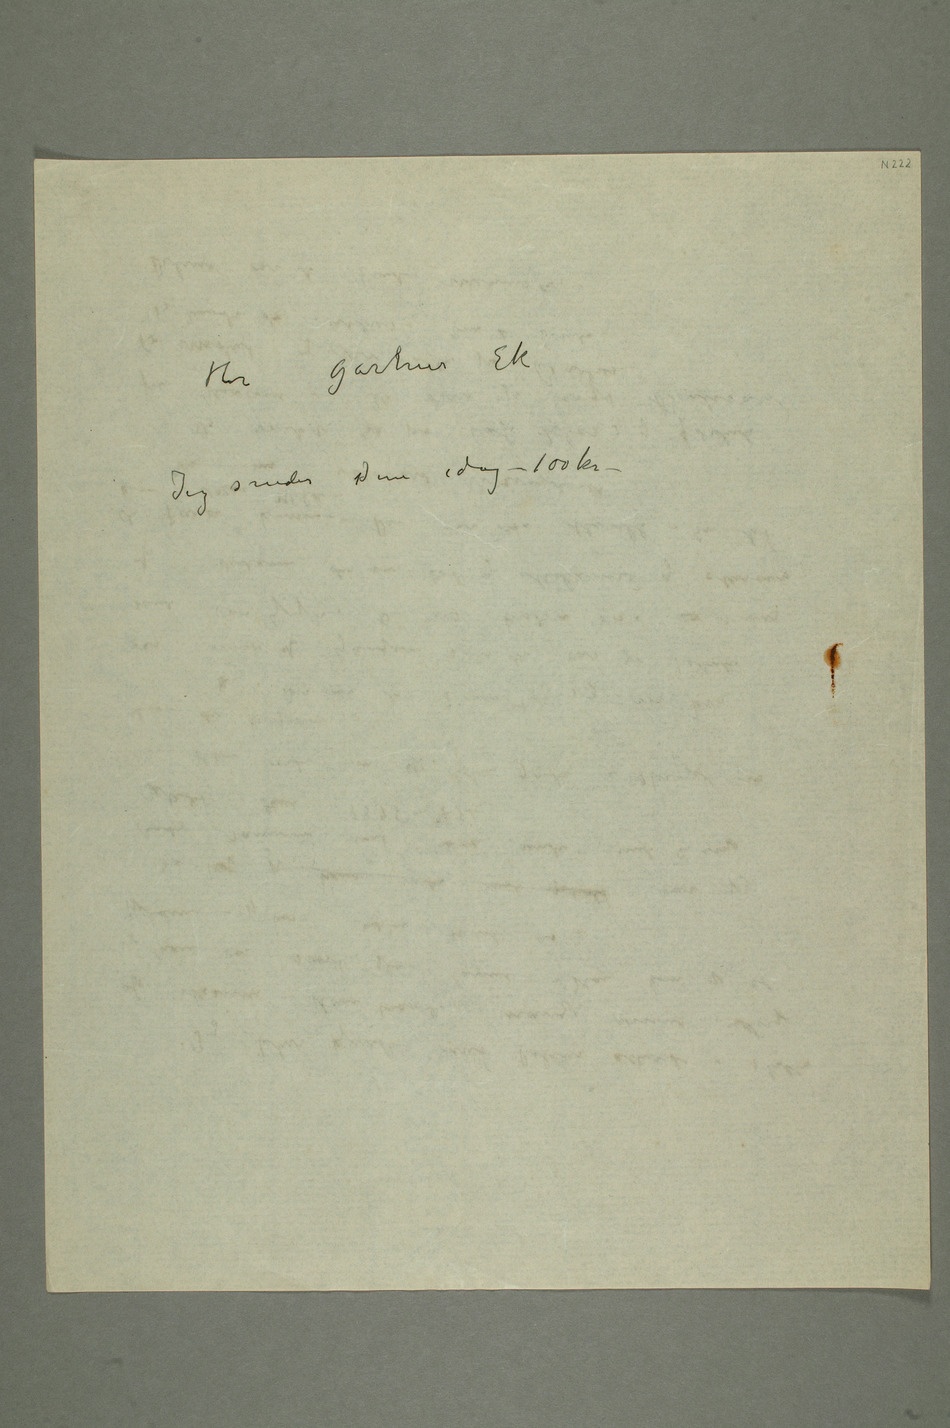
Hr gartner Ek
Jeg sender Dem i dag – 100 kr